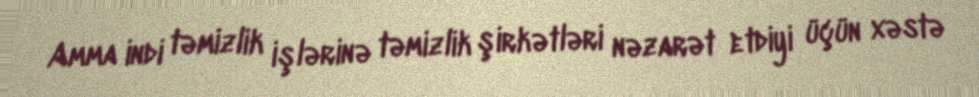
Amma indi təmizlik işlərinə təmizlik şirkətləri nəzarət etdiyi üçün xəstə